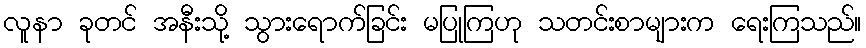
လူနာ ခုတင် အနီးသို့ သွားရောက်ခြင်း မပြုကြဟု သတင်းစာများက ရေးကြသည်။